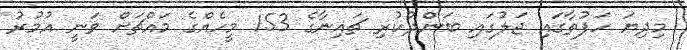
މިދިޔަ ހަފުތާގައި ޖަލުގައި ބަންދުކުރި ޗައިނާގެ 153 މީހެއްގެ މައްޗަށް ވަނީ އުމުރު